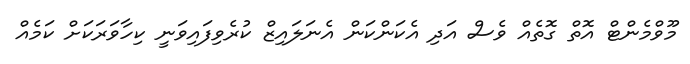
މޫވްމެންޓް އޮތް ގޮތެއް ވެސް އަދި އެކަންކަން އެނަލައިޒް ކުރެވިފައިވަނީ ކިހާވަރަކަށް ކަމެއް